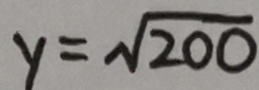
y = \sqrt { 2 0 0 }